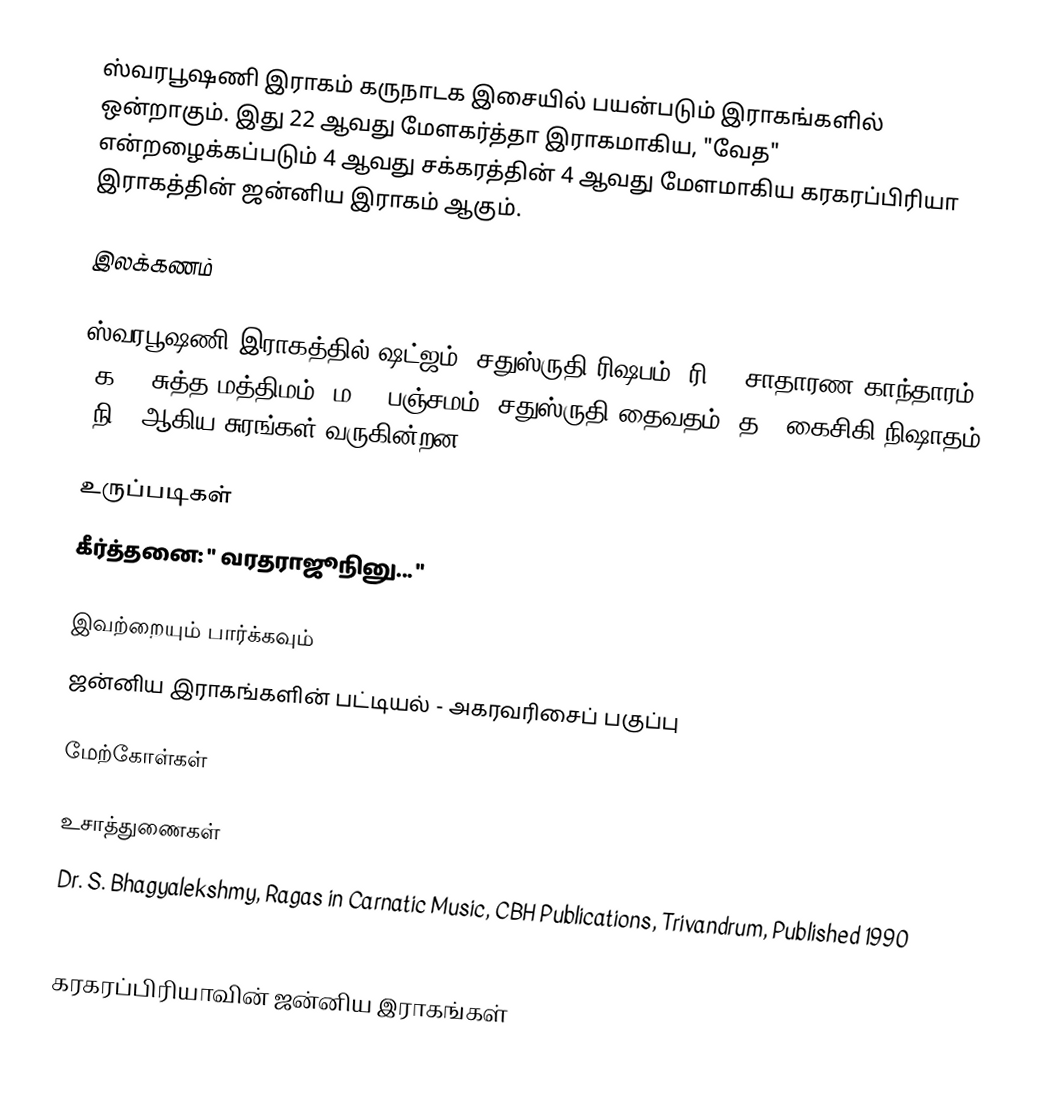
ஸ்வரபூஷணி இராகம் கருநாடக இசையில் பயன்படும் இராகங்களில் ஒன்றாகும். இது 22 ஆவது மேளகர்த்தா இராகமாகிய, "வேத" என்றழைக்கப்படும் 4 ஆவது சக்கரத்தின் 4 ஆவது மேளமாகிய கரகரப்பிரியா இராகத்தின் ஜன்னிய இராகம் ஆகும்.

இலக்கணம்

ஸ்வரபூஷணி இராகத்தில் ஷட்ஜம், சதுஸ்ருதி ரிஷபம் (ரி2), சாதாரண காந்தாரம் (க2), சுத்த மத்திமம் (ம1), பஞ்சமம், சதுஸ்ருதி தைவதம் (த2) கைசிகி நிஷாதம் (நி2) ஆகிய சுரங்கள் வருகின்றன.

உருப்படிகள்
 கீர்த்தனை: " வரதராஜூநினு... "

இவற்றையும் பார்க்கவும்
 ஜன்னிய இராகங்களின் பட்டியல் - அகரவரிசைப் பகுப்பு

மேற்கோள்கள்

உசாத்துணைகள்
 Dr. S. Bhagyalekshmy, Ragas in Carnatic Music, CBH Publications, Trivandrum, Published 1990
 B. Subba Rao, Raganidhi, The Music Academy, Madras, Published 1965, 4th reprint 1996

கரகரப்பிரியாவின் ஜன்னிய இராகங்கள்